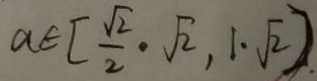
a \in [ \frac { \sqrt { 2 } } { 2 } \cdot \sqrt { 2 } , 1 , \sqrt { 2 } ) \cdot